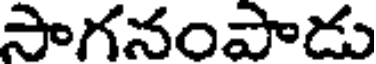
సాగనంపాడు